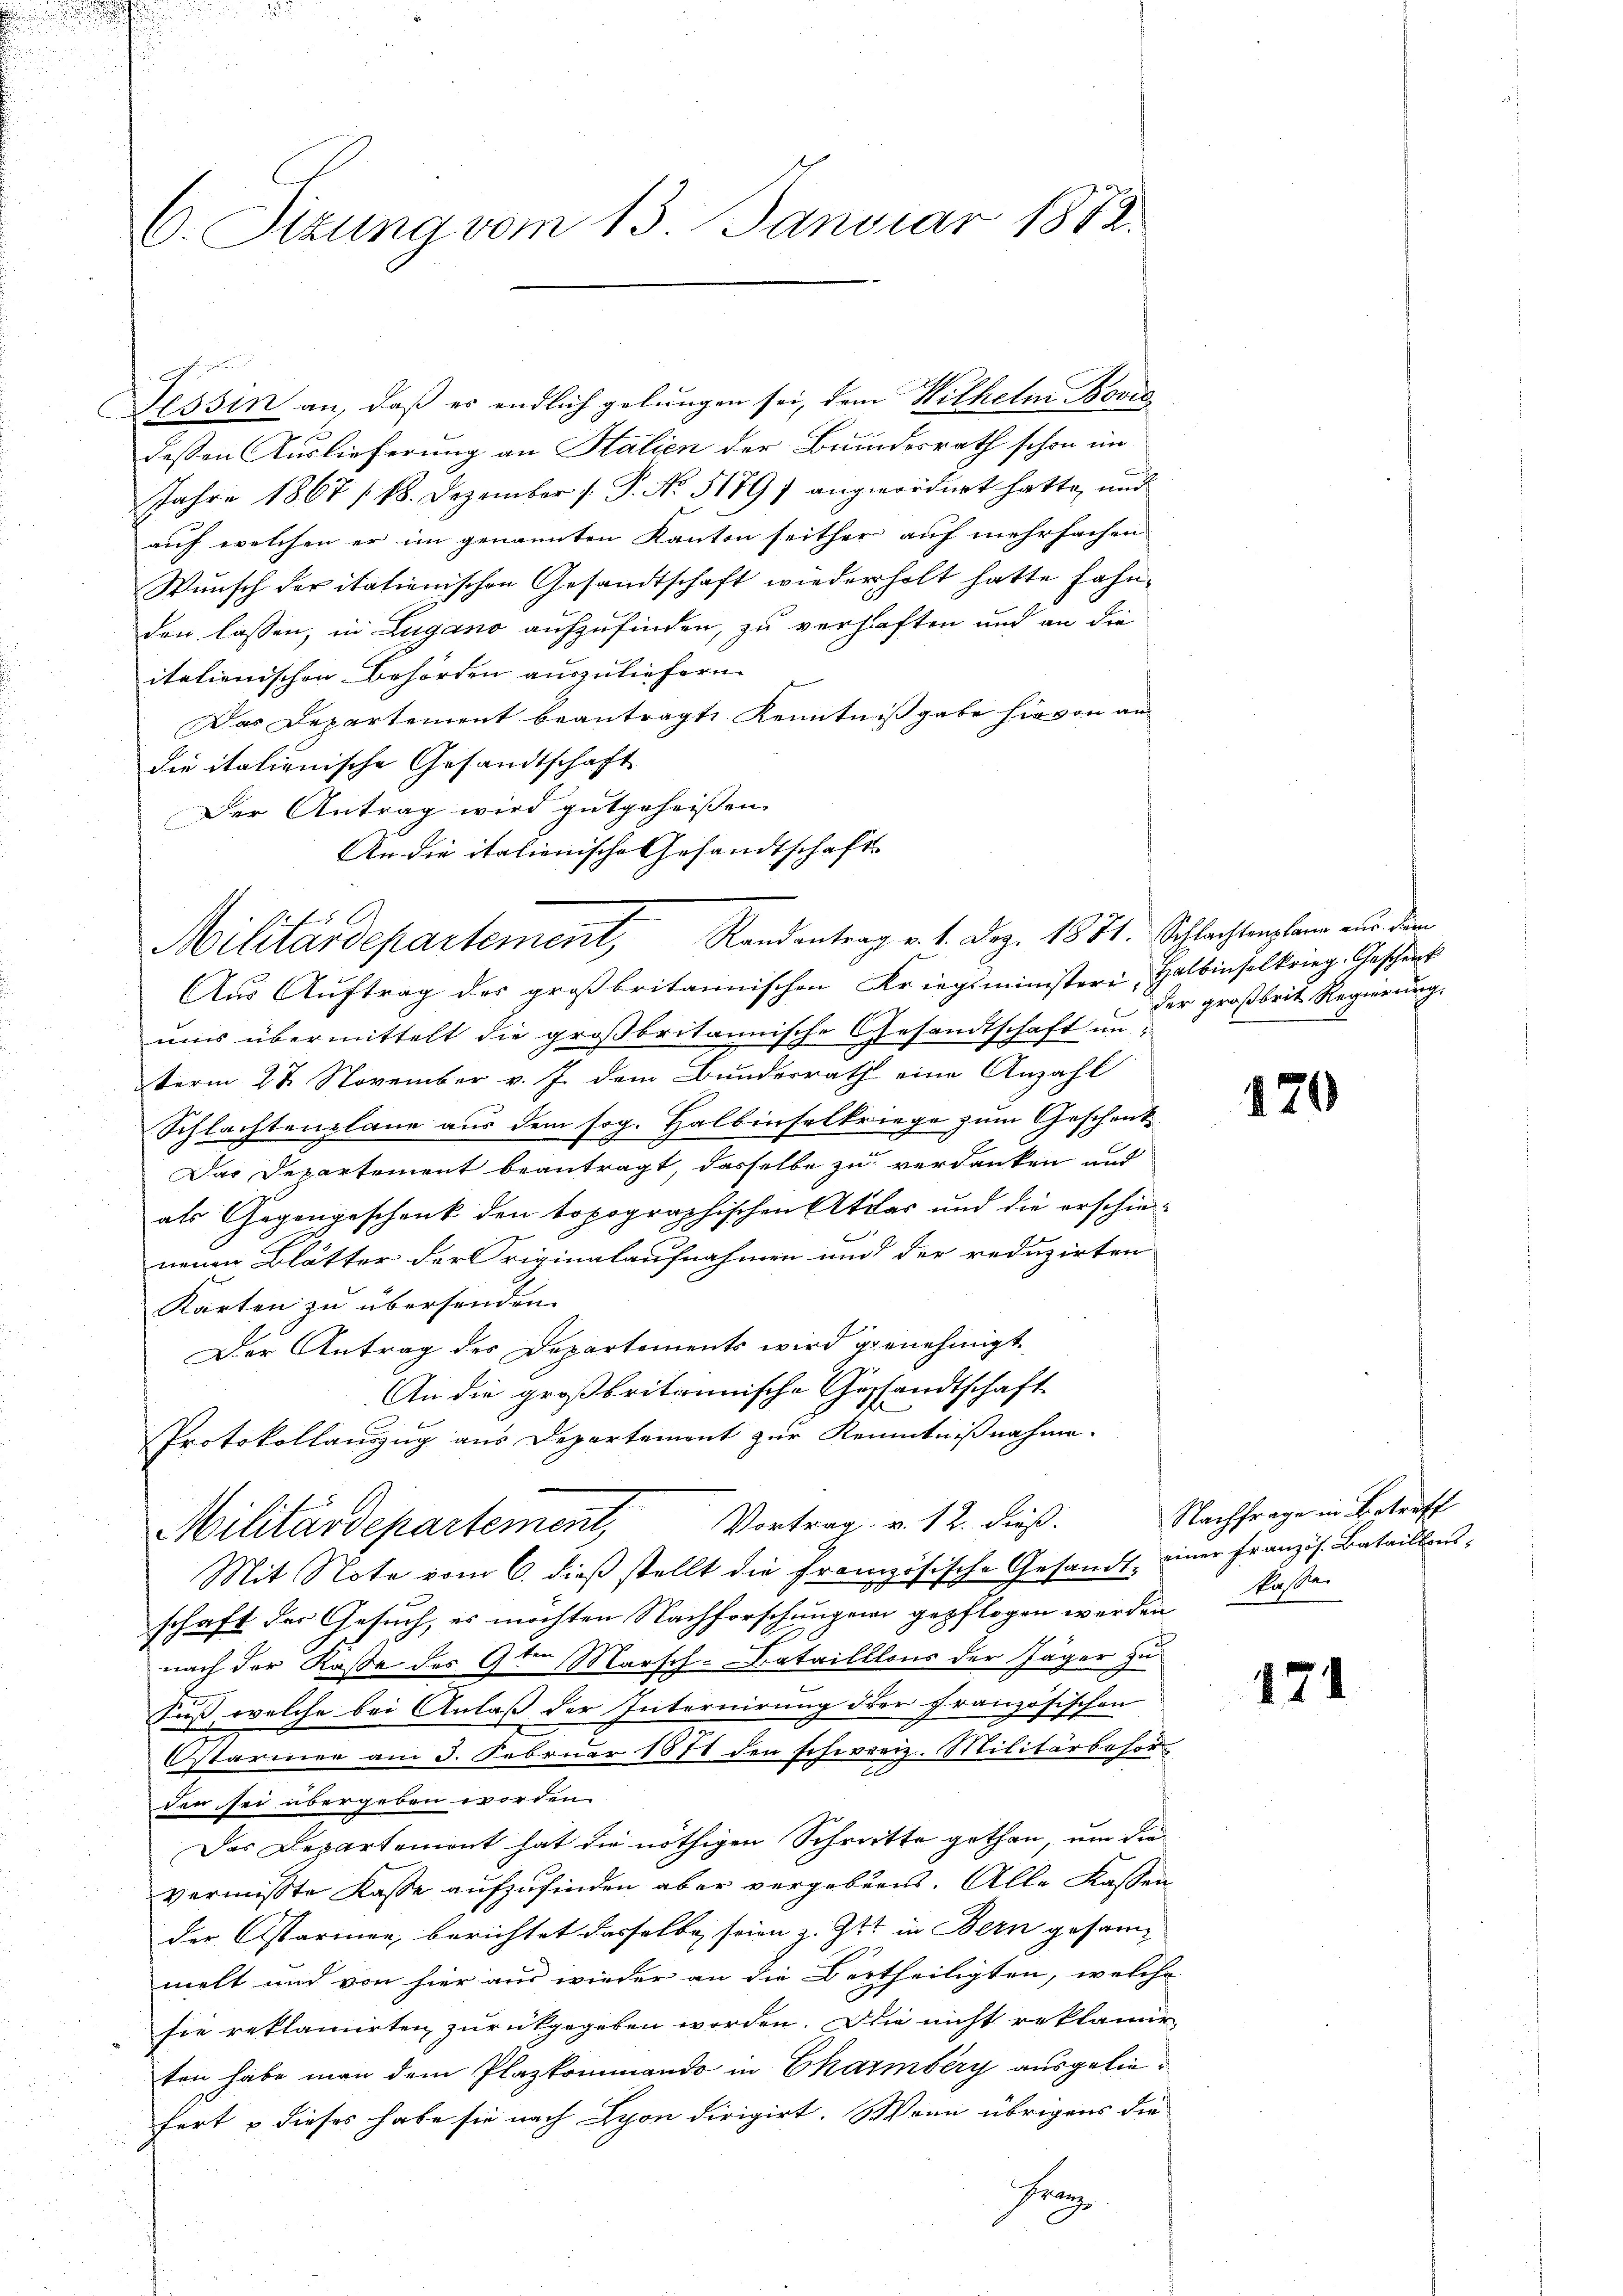
6. Sizung vom 13. Januar 1872.

Tessin an, daß es endlich gelungen sei, dem Wilhelm Bović
dessen Auslieferung an Stalien der Bundesrath schon im
Jahre 1867 /18. Dezember /: P. No. 51897 angeordnet hatte, und
auf welchen er im genannten Kanton seither auf mehrfachen
Wunsch der italienischen Gesandtschaft wiederholt hatte fahnden lassen, in Lugano aufzufinden, zu verhaften und an die
italienischen Behörden auszuliefern.
Das Departement beantragte Kenntnißgabe hievon an
die italienische Gesandtschaft
Der Antrag wird gutgeheissen.
Aus Auftrag des großbritannischen Kriegsministeri, Halbinselkrieg. Geschenk
uns übermittelt die großbritannische Gesandtschaft unterm 28. November v. J. dem Bundesrath eine Anzahl
Schlachtenplane aus dem sog. Halbinselkriege zum Geschenk¬
Das Departement beantragt, dasselbe zu verdanken und
als Gegengeschenk den topographischen Attar und die erschie-
neuen Blätter der Originalaufnahmen und der reduzirten
Karten zu übersenden.
Der Antrag des Departements wird genehmigt.
An die großbritannische Gesandtschaft
Protokollauszug aus Departement zur Kenntnißnahme.
Vortrag u. 12. dieß.
Militärdepartement,
Mit Note vom 6. dieß stellt die französische Gesandt, einer Französ. Bataillons-
schaft der Gesuch, es möchten Nachforschungen gepflogen werden Kaße
nach der Kasse des 9ten Marsch-Bataillons der Jäger zu
Fuß, welche bei Anlaß der Internirung der Französischen
Ostariner am 3. Februar 1871 den schweiz. Militärbesor
den sei übergeben worden.
Das Departemont hat die nöthigen Schritte gethan, um die
vermisste Kasse aufzufinden aber vergebenes. Alle Kassen
der Ostarmen, berichtet dasselbe seien z. Ztt in Bern gesam- |
melt und von hier aus wieder an die Bertheiligten, welche
sie reklamirten zurückgegeben worden. Die nicht reklamie
ten habe man dem Plazkommando in Charmberg ausgeliefert u dieses habe sie nach Lyon dirigirt. Wenn übrigens die
Franz

An die italienische Gesandtschaft
Militärdepartement, Randentrag v. 1. Dez. 1874. Schlachtenplan aus dem

der großbrit Regierung.

170

Nachfrage in Betreff

171